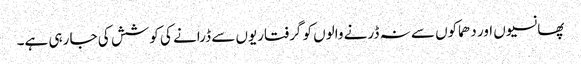
پھانسیوں اور دھماکوں سے نہ ڈرنے والوں کو گرفتاریوں سے ڈرانے کی کوشش کی جا رہی ہے۔